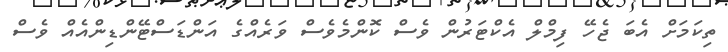
ތިކަމަށް އެބަ ޖެހޭ ފިމްލް އެކްޓަރުން ވެސް ކޮންމެވެސް ވަރެއްގެ އަންޑަސްޓޭންޑިންއެއް ވެސް